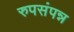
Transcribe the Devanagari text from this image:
रुपसंपन्न